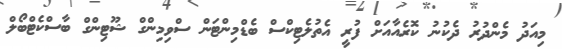
މިއަދު މެންދުރު ދެކުނު ކޮރެއާއަށް ފުރީ އެތުލެޓިކްސް ބެޑްމިންޓަން ސްވިމިންގް ޝޫޓިންގް ބާސްކެޓްބޯލް